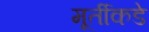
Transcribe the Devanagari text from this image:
मूर्तीकडे